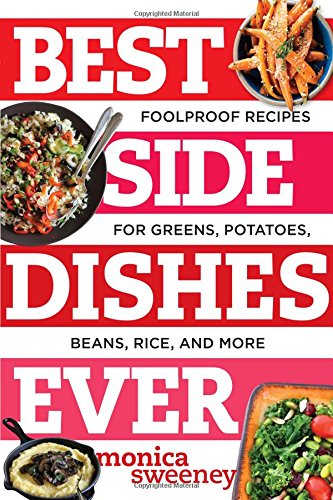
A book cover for Best Side Dishes Ever: Foolproof Recipes for Greens, Potatoes, Beans, Rice, and More (Best Ever); Monica Sweeney; Cookbooks, Food & Wine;